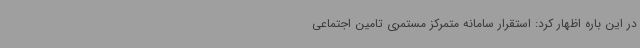
در این باره اظهار کرد: استقرار سامانه متمرکز مستمری تامین اجتماعی